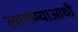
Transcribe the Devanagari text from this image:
लागण्याआधी